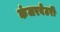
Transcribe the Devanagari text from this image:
कंजरवेटरी